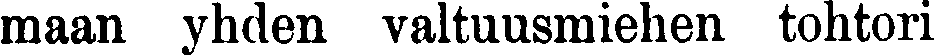
maan yhden valtuusmiehen tohtori